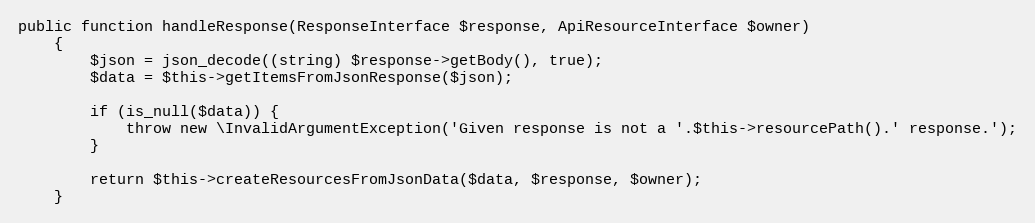
Language: PHP
public function handleResponse(ResponseInterface $response, ApiResourceInterface $owner)
    {
        $json = json_decode((string) $response->getBody(), true);
        $data = $this->getItemsFromJsonResponse($json);

        if (is_null($data)) {
            throw new \InvalidArgumentException('Given response is not a '.$this->resourcePath().' response.');
        }

        return $this->createResourcesFromJsonData($data, $response, $owner);
    }